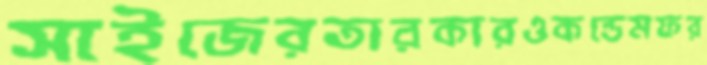
সাইজেরতারকারওকন্ডেমফর